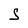
Character: S